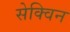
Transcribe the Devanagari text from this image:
सेक्विन